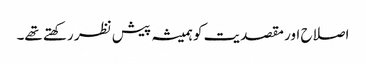
اصلاح اور مقصدیت کو ہمیشہ پیش نظر رکھتے تھے۔